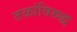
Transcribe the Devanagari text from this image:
तळांविरुद्ध